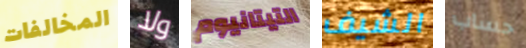
المخالفات ولا التيتانيوم الشيف حساب